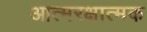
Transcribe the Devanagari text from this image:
आत्मरक्षात्मक